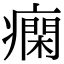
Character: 𤺛